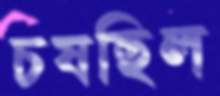
চষছিল